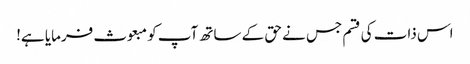
اس ذات کی قسم جس نے حق کے ساتھ آپ کو مبعوث فرمایا ہے!